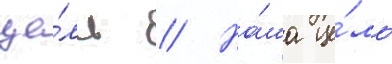
це́ль // На́ша це́ль